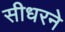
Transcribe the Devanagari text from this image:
सीधरने